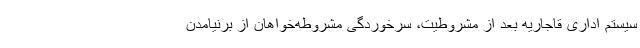
سیستم اداری قاجاریه بعد از مشروطیت، سرخوردگی مشروطه‌خواهان از برنیامدن